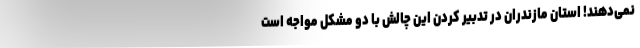
نمی‌دهند! استان مازندران در تدبیر کردن این چالش با دو مشکل مواجه است